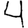
Digit: 4